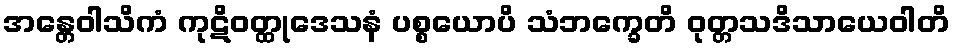
အန္တေဝါသိကံ ကုဋိဝတ္ထုဒေသနံ ပစ္စယောပိ သံဘက္ခေတိ ဝုတ္တသဒိသာယေဝါတိ